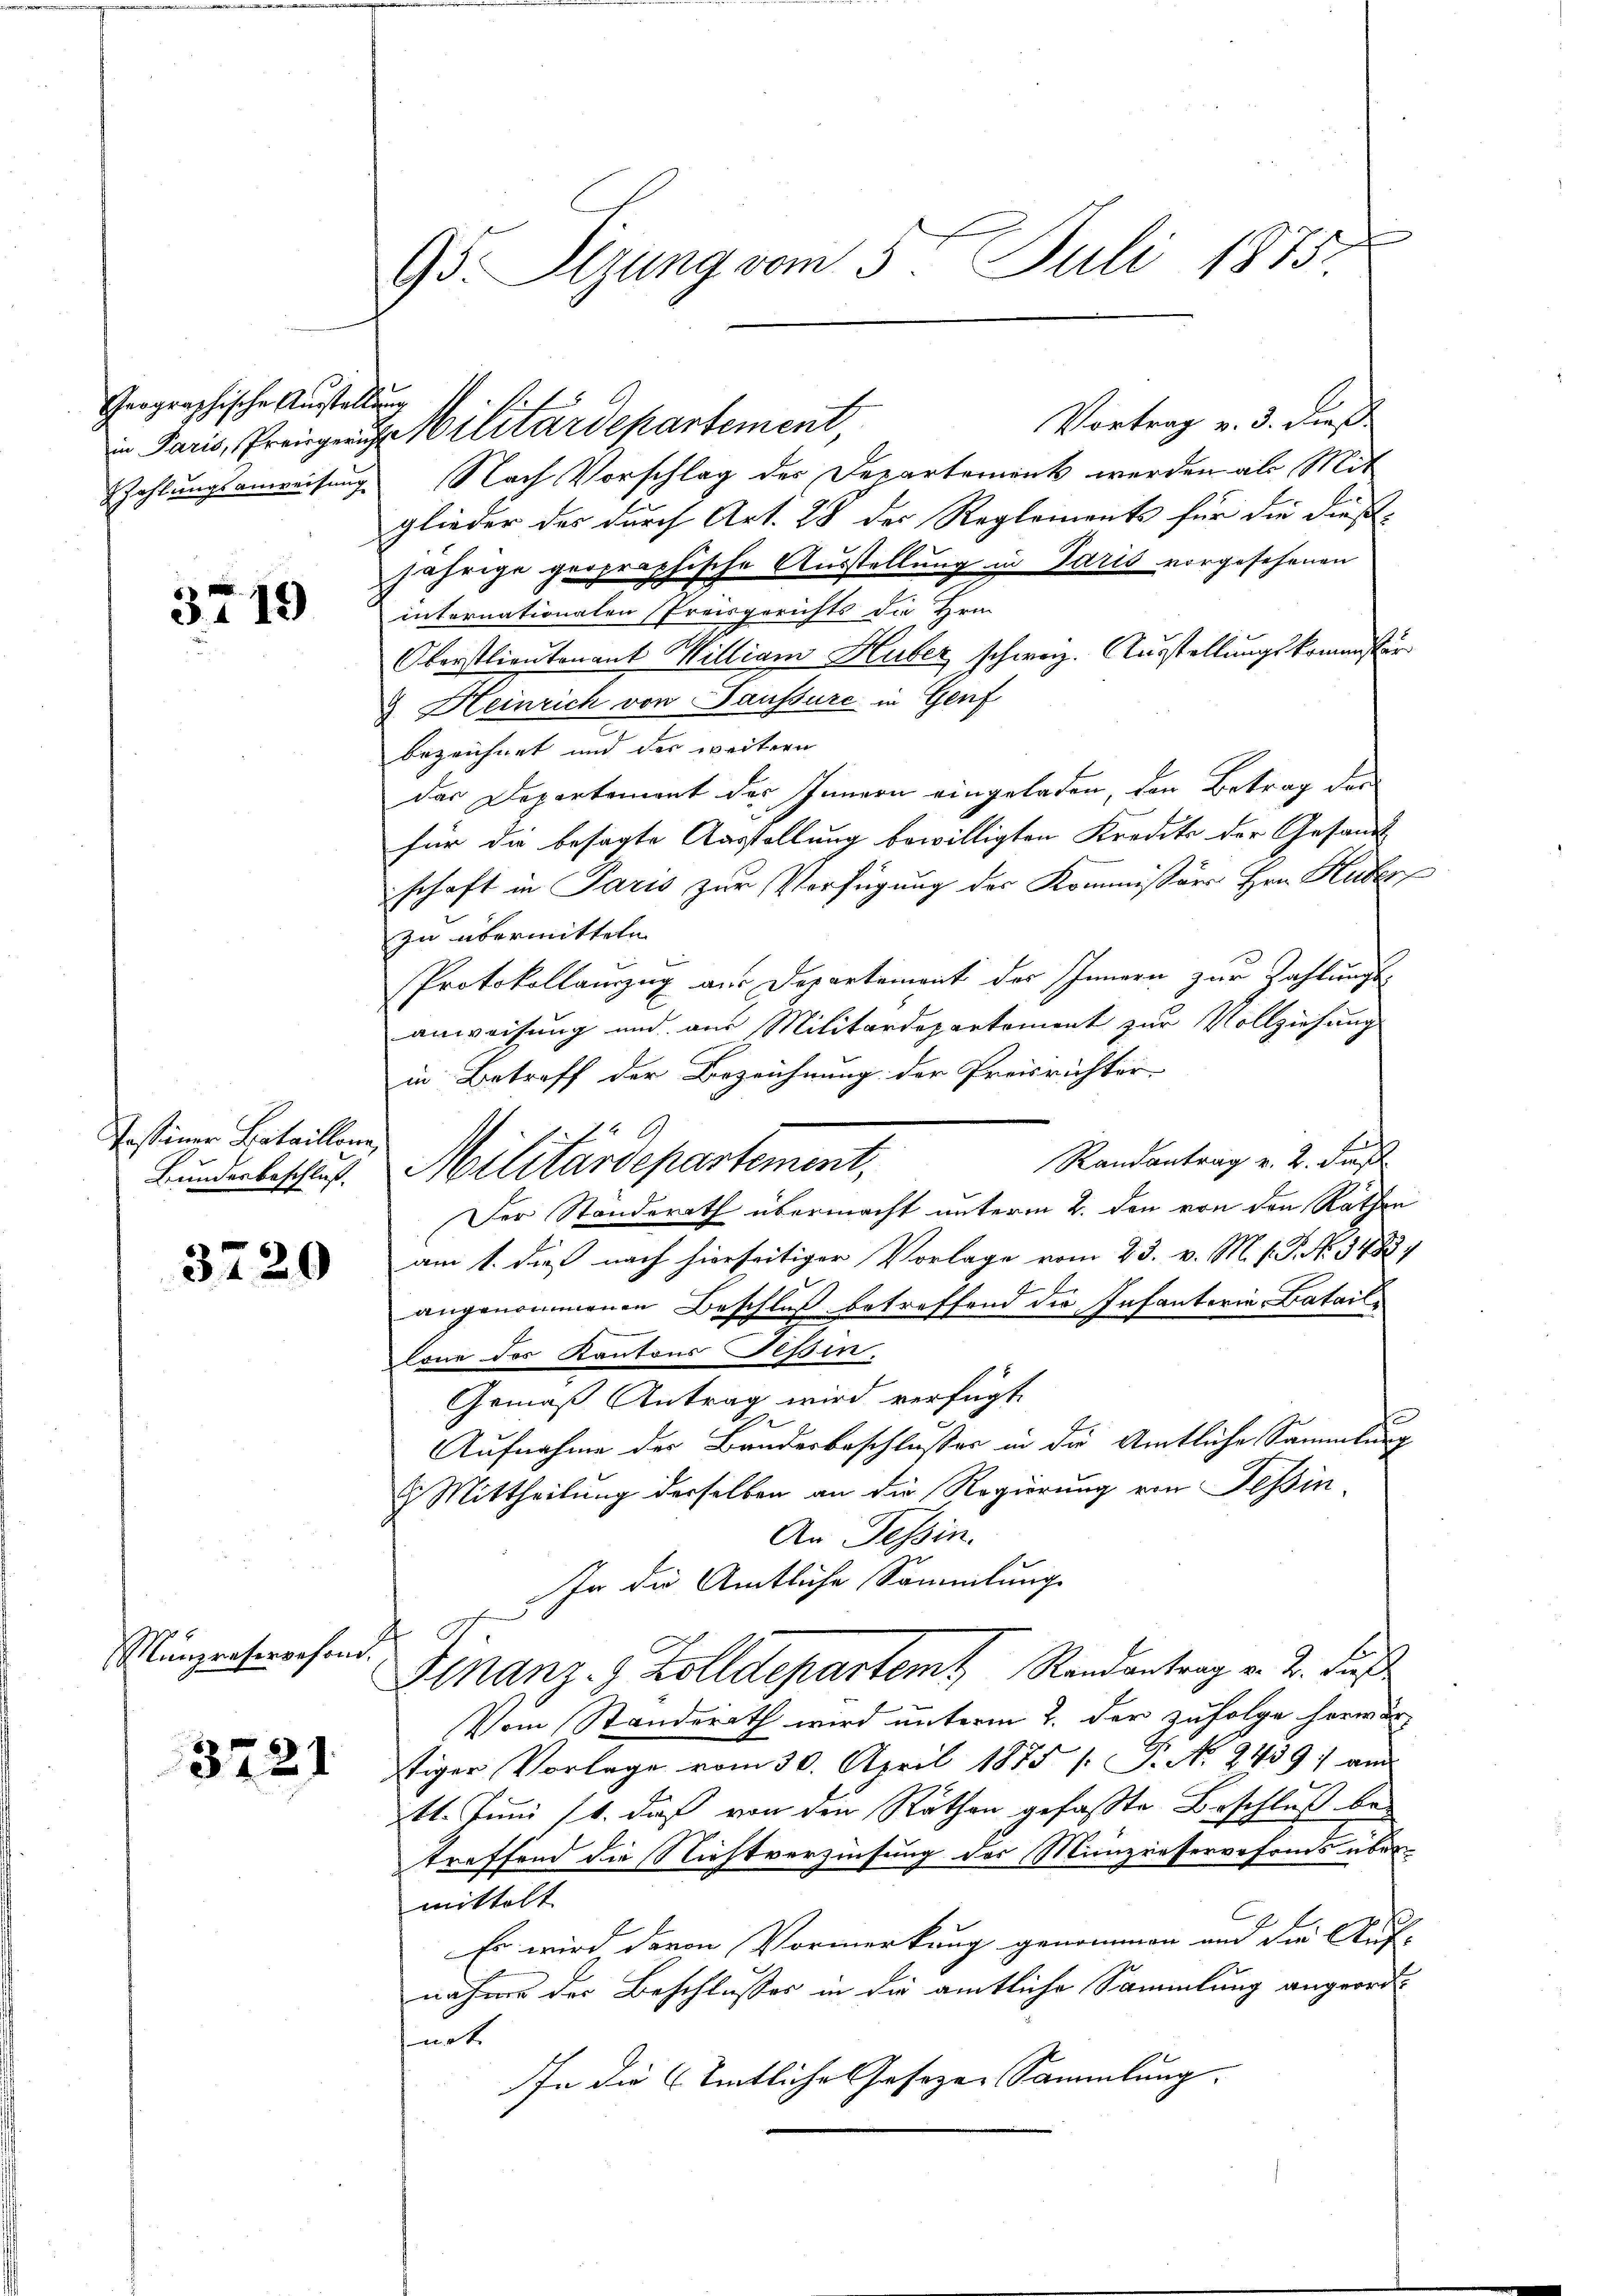
Geographische Austellung

3719

Tossiner Bataillone
Bundesbeschluß.

3720

Münzreservefond.

3221

Vortrag v. 3. dieß
in Paris, Preignung Militärdepartement,
zahlungsanweisung Nach Vorschlag der Departement werden als Mit
glieder das durch Art. 28 der Reglements für die dießjährige geographische Ausstellung in Paris vorgesehenen
internationalen Preisgerichts die Hrn.
Oberstlieutenant Milliam Huber schweiz. Ausstellungskommster
& Heinrich von Paussure in Genf
bezeichnet und der weitern
das Departement des Innern eingeladen, den Betrag des
für die besagte Ausstellung bewilligten Kredit der Gesandt
schaft in Paris zur Verfügung der Kommissär Hrn. Huber
zu übermitteln.
Protokollamzug aus Departement des Innern zur Zahlungs-
anweisung und aus Militärdepartement zur Vollziehung
in Betreff der Bezeichnung der Preisrichter-
Randantrag v. 2. Fuß
Militärdepartement,
Der Standerath übermacht unterm 2. den von den Räthen
am 1. dieß nach hierseitiger Vorlage vom 23. v. M. v. P. No. 1483,
angenommenen Beschluß betreffend die Infanteria Batail¬

lone des Kantons Tessin.
Gemäß Antrag wird verfügt
Aufnahme der Bundesbeschlusses in die Amtliche Sammlung
 Mittheilung derselben an die Regierung von Tessin¬
An Tessin.
In die Amtliche Sammlung
A
Finanz- & Zolldepartem Randantrag v. J. daß
Vom Standerath wird unterm 2. der zufolge herwärstiger Vorlage vom 30. April 1875 /: P. N. 2439: am
11. Juni 11. daß von den Räthen gefaßte Beschluß betreffend die Nichtverzinsung des Münzresservefonds übermittelt
Es wird davon Vormerkung genommen und die Auf-
nahme der Beschlusses in die amtliche Sammlung angeordnot
In die entliches Gesezen Sammlung.

.
95. Sizung vom 5. Juli 1875.